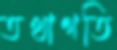
তথাগতি